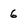
Character: 6